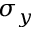
\sigma _ { y }